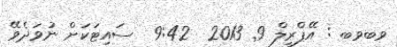
ވބވބ : އޭޕްރީލް 9